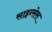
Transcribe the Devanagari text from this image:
साइन्सेस